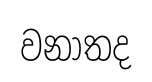
වනාතද